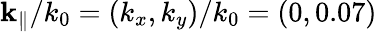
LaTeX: {\mathbf{k}}_{\Vert}/k_{0}=(k_{x},k_{y})/k_{0}=(0,0.07)